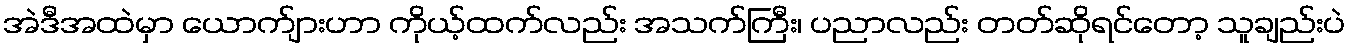
အဲဒီအထဲမှာ ယောက်ျားဟာ ကိုယ့်ထက်လည်း အသက်ကြီး၊ ပညာလည်း တတ်ဆိုရင်တော့ သူချည်းပဲ